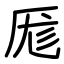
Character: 厖